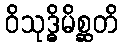
ဝိသုဒ္ဓိမိစ္ဆတိ